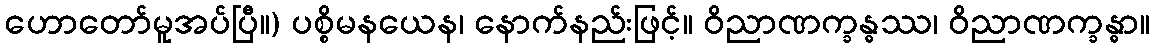
ဟောတော်မူအပ်ပြီ။) ပစ္စိမနယေန၊ နောက်နည်းဖြင့်။ ဝိညာဏက္ခန္ဓဿ၊ ဝိညာဏက္ခန္ဓာ။